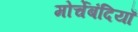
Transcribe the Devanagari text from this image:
मोर्चेबंदियाँ